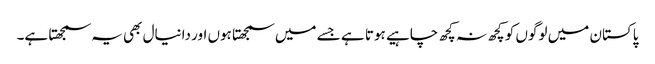
پاکستان میں لوگوں کو کچھ نہ کچھ چاہیے ہوتا ہے جسے میں سمجھتا ہوں اور دانیال بھی یہ سمجھتا ہے۔